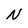
Character: N